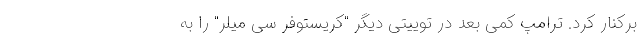
برکنار کرد. ترامپ کمی بعد در توییتی دیگر "کریستوفر سی میلر" را به